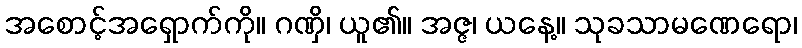
အစောင့်အရှောက်ကို။ ဂဏှိ၊ ယူ၏။ အဇ္ဇ၊ ယနေ့။ သုခသာမဏေရော၊